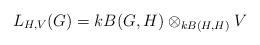
LaTeX: \begin{align*}L_{H,V}(G) = kB(G,H) \otimes_{kB(H,H)} V\end{align*}